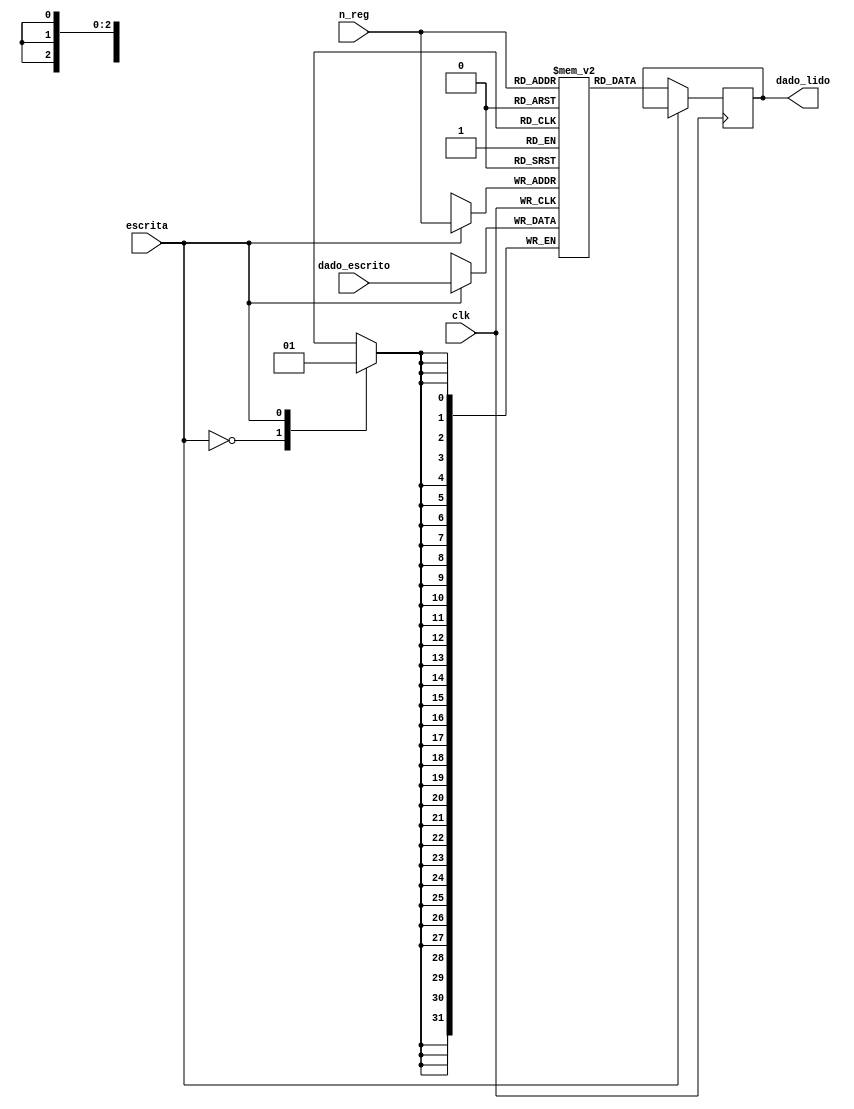

module banco_de_registradores(n_reg,escrita,dado_lido,dado_escrito,clk);
	
	input escrita,clk;
	input [31:0]dado_escrito;
	input [2:0]n_reg;
	output reg[31:0]dado_lido;

	reg[31:0]registrador[0:7];//vetor de palavras de 32 bits
	always @(posedge clk)
	begin
		case(escrita)//controle indica a operao sobre o banco de registradores
			1'b0:dado_lido <= registrador[n_reg];
			1'b1:registrador[n_reg] <= dado_escrito;
		endcase
	end
endmodule

module banco_de_registradores_test_bench();//simula o funcionamento do mdulo para diferentes entradas

	reg [2:0]n_reg;
	reg [31:0]dado_escrito;
	reg clk=1;
	reg escrita;
	wire [31:0]dado_lido;

	banco_de_registradores r1(n_reg,escrita,dado_lido,dado_escrito,clk);

	always
		#1 clk=~clk;

	initial begin
	clk=1;

	$dumpfile("test_br.vcd");//gera o arquivo para o gtkwave
	$dumpvars(0,banco_de_registradores_test_bench);

	$monitor("escrita=%b, n_reg=%d , dado_lido=%d , dado_escrito=%d \n",escrita,n_reg,dado_lido,dado_escrito);

	escrita=1; n_reg=3; dado_escrito=1001;//para trocar os inputs basta modificar os valores de entrada
	#20escrita=0; n_reg=3;dado_escrito=0;
	#20escrita=1; n_reg=7;dado_escrito=511;
	#20escrita=0; n_reg=1;dado_escrito=100;
	#20escrita=1; n_reg=0;dado_escrito=999;
	#20escrita=0; n_reg=0;dado_escrito=131;
	#20escrita=1; n_reg=3;dado_escrito=991;
	#20escrita=0; n_reg=3;dado_escrito=1;
	#300 $finish;
	end

endmodule